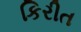
કિરીત